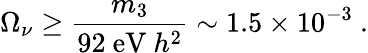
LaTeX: \Omega_{\nu}\geq\frac{m_{3}}{92~\mathrm{eV}~h^{2}}\sim 1.5\times 10^{-3}~.